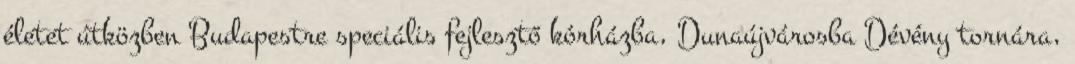
életet útközben Budapestre speciális fejlesztő kórházba, Dunaújvárosba Dévény tornára,